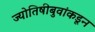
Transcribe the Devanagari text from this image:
ज्योतिषीबुवांकडून